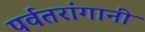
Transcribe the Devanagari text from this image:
पर्वतरांगानी